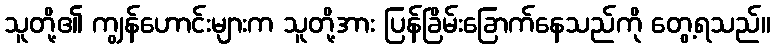
သူတို့၏ ကျွန်ဟောင်းများက သူတို့အား ပြန်ခြိမ်းခြောက်နေသည်ကို တွေ့ရသည်။